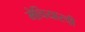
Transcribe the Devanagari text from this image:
मेचियारची